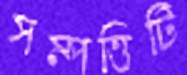
সম্পত্তিটি